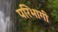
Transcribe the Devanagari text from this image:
परिभागी